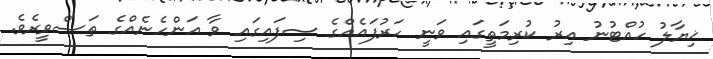
ޚިޔާލު ހުއްޓުނު އިރު ކުރިމަތީގައި ވަނީ ހަރުފައެއްގެ ސިފައިގައި ވާ އަންހެނެއްގެ ތަޞްވީރެވެ.